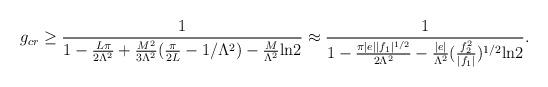
LaTeX: \begin{align*}g_{cr} \ge \frac{1}{1 -\frac{L\pi}{2\Lambda^2} +\frac{M^2}{3\Lambda^2}(\frac{\pi}{2L} - 1/\Lambda^2) -\frac{M}{\Lambda^2}\mbox{ln}2}\approx \frac{1}{1 -\frac{\pi|e||f_1|^{1/2}}{2\Lambda^2} -\frac{|e|}{\Lambda^2}(\frac{f_2^2}{|f_1|})^{1/2}\mbox{ln}2}.\end{align*}